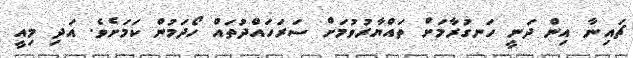
ޗައިނާ އިން ދަނީ ހަނގުރާމަށް ތައްޔާރުވުމަށް ސަރަހައްދުތައް ހޯދަމުން ކަމަށެވެ. އަދި މިއީ